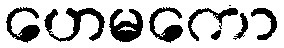
ဟေမကော